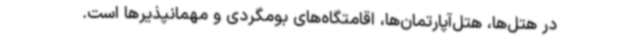
در هتل‌ها، هتل‌آپارتمان‌ها، اقامتگاه‌های بومگردی و مهمانپذیرها است.